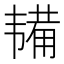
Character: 𫖔